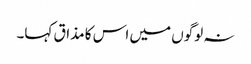
نہ لوگوں میں اس کا مذاق کہا۔